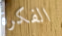
الفكرة